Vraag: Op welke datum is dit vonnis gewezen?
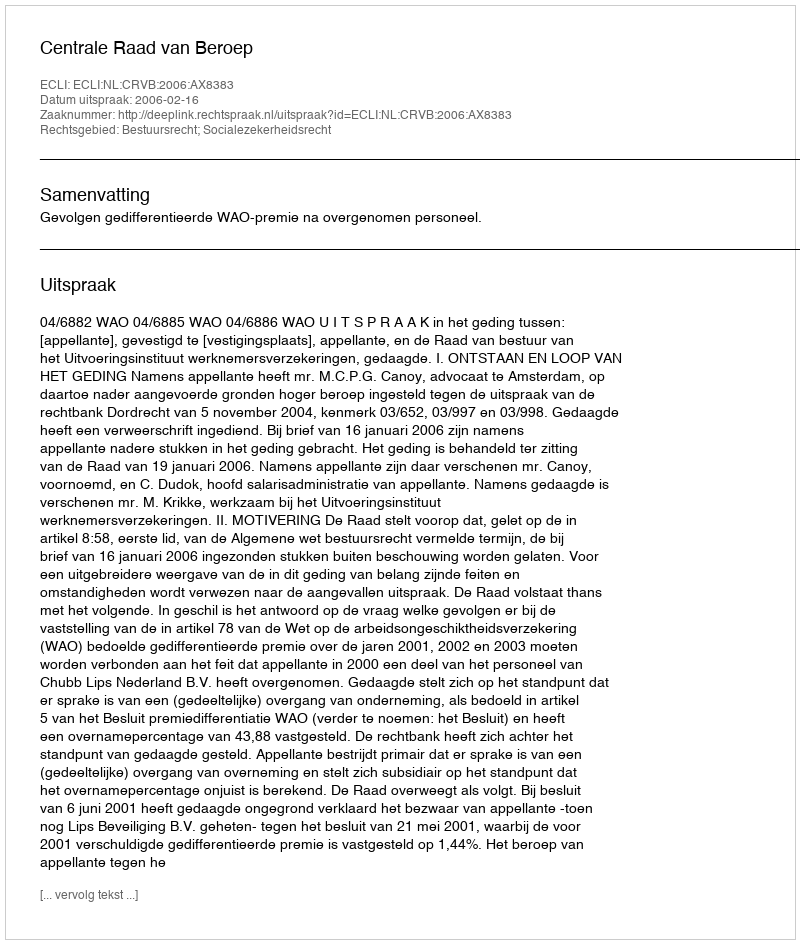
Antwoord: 2006-02-16